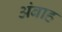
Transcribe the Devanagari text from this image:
अंबाह